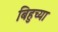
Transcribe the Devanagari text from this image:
बिहुच्या